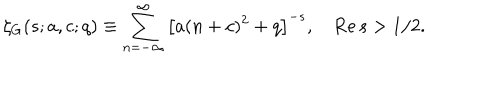
\zeta _ { G } ( s ; a , c ; q ) \equiv \sum _ { n = - \infty } ^ { \infty } \left[ a ( n + c ) ^ { 2 } + q \right] ^ { - s } , \quad \mathrm { R e } \, s > 1 / 2 .